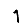
Digit: 1